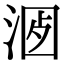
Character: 𣶡